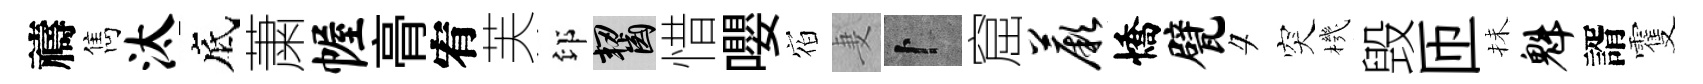
禱雋汰底䔥幄𮌔宥芙印齧惜嚶𪧐妻卜窟蕨憍甓夕突機毁匝抺魁諝䨥